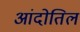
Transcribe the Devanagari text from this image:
आंदोतिल